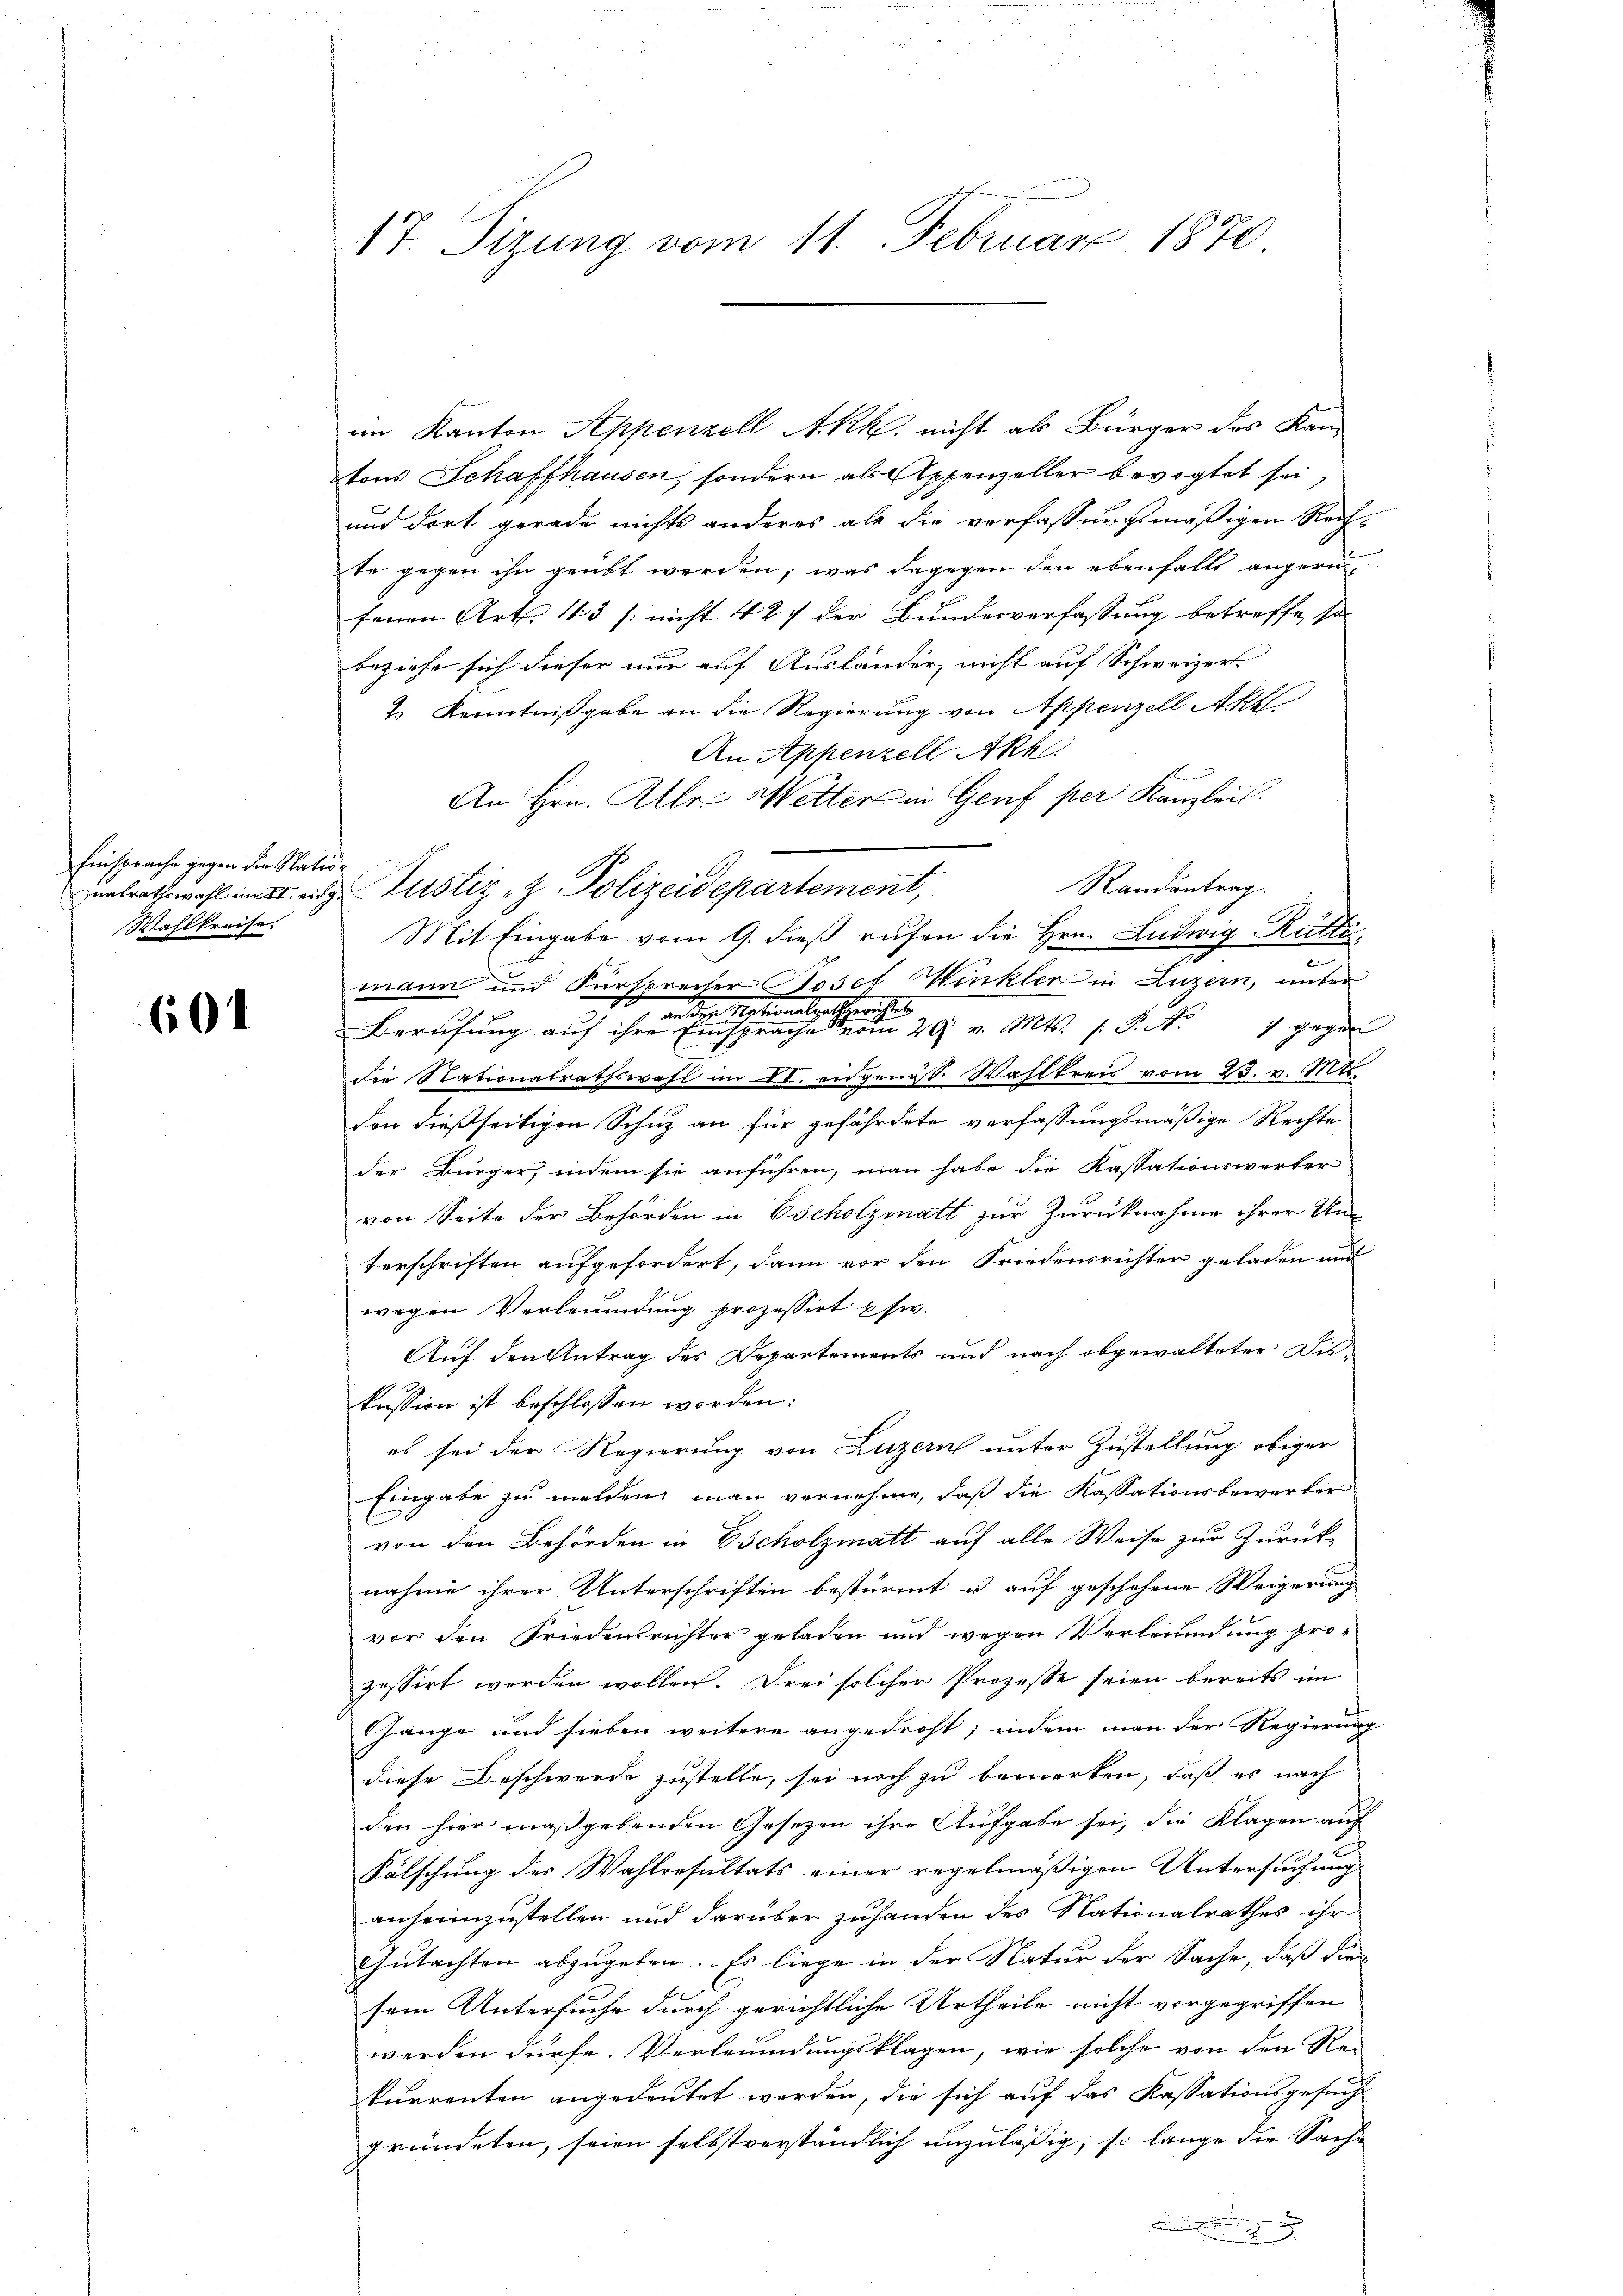
Einsprache gegen die Natur
znalrathswahl im II. eing¬
Wahlkreise.

601

17. Sizung vom 11. Februar 1870

im Kanton Appenzell Akk. nicht als Bürger des Kantons Schaffhausen, sondern als Appenzeller bevogtet sei,
und dort gerade nichts anderes als die vorfassungsmäßigen Rechte gegen ihn geübt werden; was dagegen den ebenfalls angerifenen Art. 43 /: nicht 427 der Bundesverfassung betreffe, so
beziehe sich dieser nur auf Ausländer nicht auf Schweizer
2.) Kenntnißgabe an die Regierung von Appenzell Akt
An Appenzell Akh.
An Hrn. Alle Wetter in Genf per Kanzlei.
Randantrag.
Justiz- & Polizeidepartement,
Mit Eingabe vom 9. dieβ rufen die Hrn. Ludwig Rütti
mann und Fürsprecher Josef Minkler in Luzern, unter
an die Nationalgelberichtes
Berufung auf ihre Einsprache vom 29. v. Mts. /: P. N. 1 gegen
die Stationalrathswahl im VI. eidgenöss. Wahlkreis vom 23. v. Mtt.
don dießseitigen Schutz an für gefährdete verfassungsmäßige Rechte
der Bürger, indem sie anführen, man habe die Kassationswerter
von Seite der Behörden in Escholzmatt zur Zurücknahme ihrer Un-
terschriften aufgefordert, dann vor den Friedensrichter geladen und
wegen Verleumdung prozessirt Esw.
Auf den Antrag des Departements und nach abgewalteter Diskussion ist beschlossen worden:
es sei der Regierung von Luzern unter Zustellung obiger
Eingabe zu melden man vernehme, daß die Kassationsbewerber
von den Behörden in Scholzmatt auf alle Weise zur Zurück-
nahme ihrer Unterschriften bestürmt u auf geschehene Weigerung
vor den Friedensrichter geladen und wegen Verleumdung pro-
zessirt werden wollen. Drei solcher Prozesse seien bereits im
hange und sieben weitere angedroht, indem man der Regierung
diese Beschwerde zustelle, sei noch zu bemerken, daß es nach
den hier maßgebenden Gesetzen ihre Aufgabe sei, die Klagen auf
Fälschung des Wahlresultats einer regelmäßigen Untersuchung
anseinzustellen und darüber zuhanden des Nationalrathes ihr
Gutachten abzugeben. Es liege in der Natur der Sache, daß die
sem Untersuche durch gerichtliche Urtheile nicht vorgegriffen
werden dürfe. Verleumdungsklagen, wie solche von den Rekurrenten angedeutet werden, die sich auf das Kassationsgesuch
gründeten, seien selbstverständlich unzuläßig; so lange die Sache